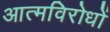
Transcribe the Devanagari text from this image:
आत्मविरोधों